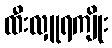
ထီးလှူရကျိုး